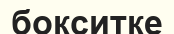
бокситке